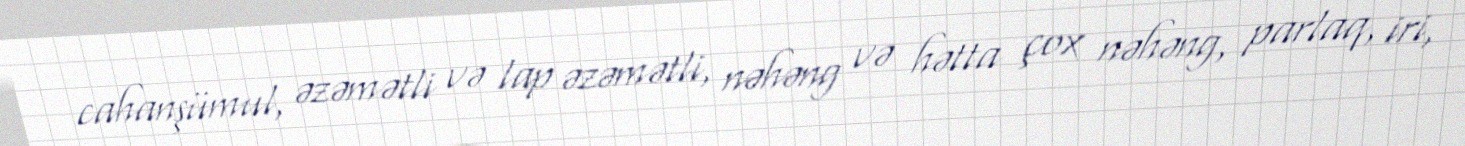
cahanşümul, əzəmətli və lap əzəmətli, nəhəng və hətta çox nəhəng, parlaq, iri,